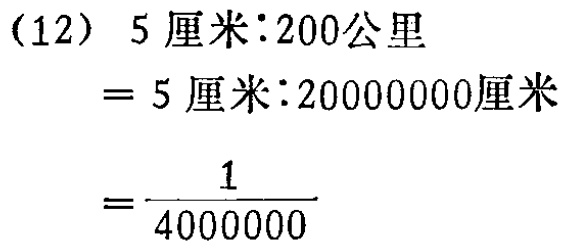
(2)若\(a,b\)满足\(\vert a - 5\vert+(b - 3)^{2}=0\),求出这个三角形

的周长.(4分)